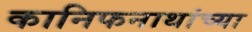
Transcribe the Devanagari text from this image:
कानिफनाथांच्या